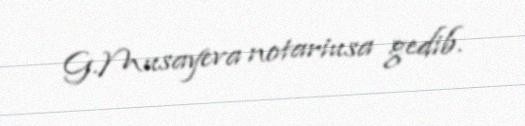
G.Musayeva notariusa gedib.